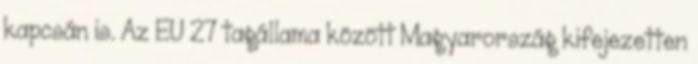
kapcsán is. Az EU 27 tagállama között Magyarország kifejezetten